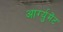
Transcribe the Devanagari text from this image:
आर्ग्युमेंट